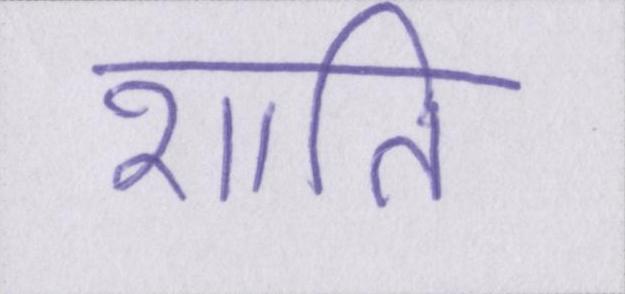
शाति